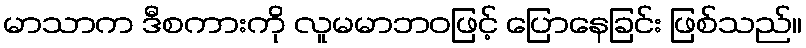
မာသာက ဒီစကားကို လူမမာဘဝဖြင့် ပြောနေခြင်း ဖြစ်သည်။